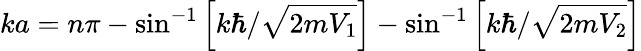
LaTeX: ka=n\pi-\sin^{-1}\left[k\hbar/{\sqrt{2mV_{1}}}\right]-\sin^{-1}\left[k\hbar/{\sqrt{2mV_{2}}}\right]